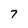
Character: 7